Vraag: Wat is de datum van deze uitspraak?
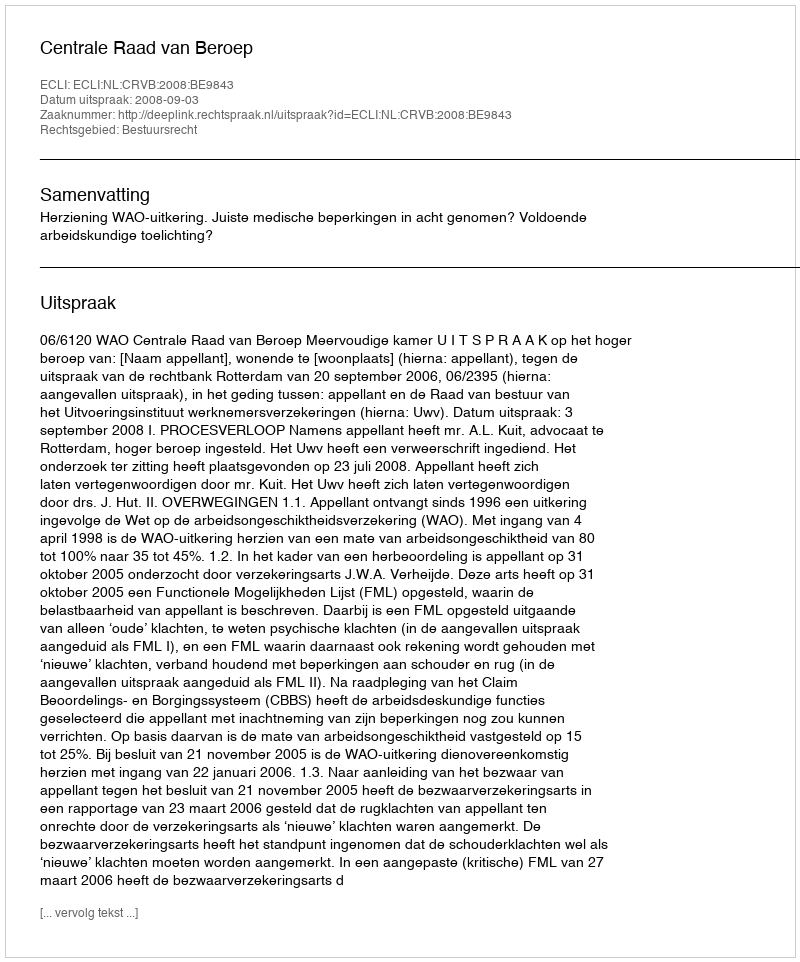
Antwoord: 2008-09-03